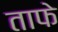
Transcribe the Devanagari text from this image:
ताफे